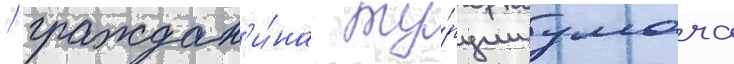
/ граждан'и́на ту́рции умача